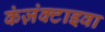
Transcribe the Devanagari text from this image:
कंज़ंक्टाइवा